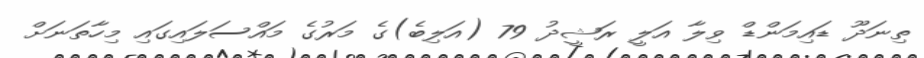
ތިނަދޫ ޑައިމަންޑް ވިލާ އަލީ ރަޝީދު 79 (އަލިބެ)ގެ މަރުގެ މައްސަލައިގައި މިހާތަނަށް